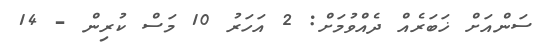
ސަންއަށް ޚަބަރެއް ދެއްވުމަށް: 2 އަހަރު 10 މަސް ކުރިން - 14